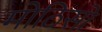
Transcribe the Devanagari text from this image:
मोठिसो